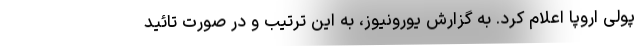
پولی اروپا اعلام کرد. به گزارش یورونیوز، به این ترتیب و در صورت تائید